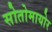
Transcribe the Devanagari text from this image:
सोतोमायोर